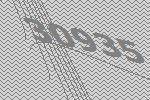
30935